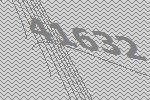
41632